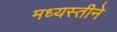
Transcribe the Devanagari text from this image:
मध्यस्तीने